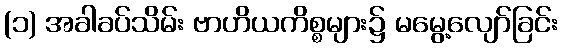
(၁) အခါခပ်သိမ်း ဗာဟိယကိစ္စများ၌ မမွေ့လျော်ခြင်း